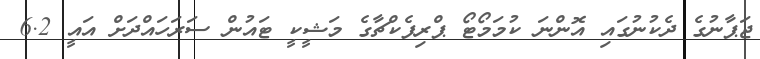
ޖަޕާނުގެ ދެކުނުގައި އޮންނަ ކުމަމޯޓޯ ޕްރިފެކްޗާގެ މަޝީކީ ޓައުން ސަރަހައްދަށް އައީ 6.2